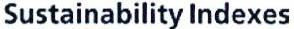
Sustainability Indexes